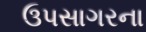
ઉપસાગરના